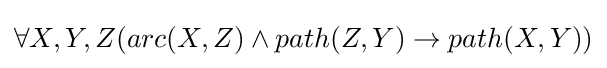
\forall X,Y,Z(arc(X,Z)\land path(Z,Y)\rightarrow path(X,Y))